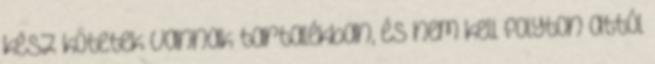
kész kötetek vannak tartalékban, és nem kell folyton attól